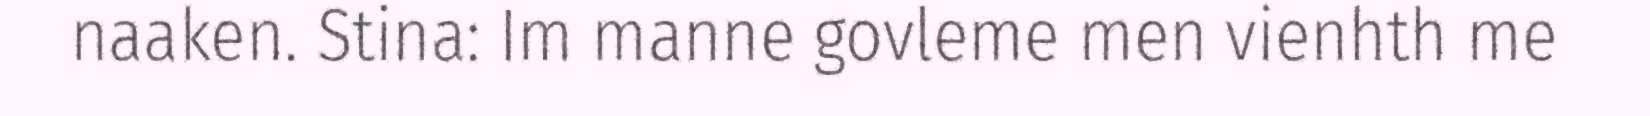
naaken. Stina: Im manne govleme men vienhth me